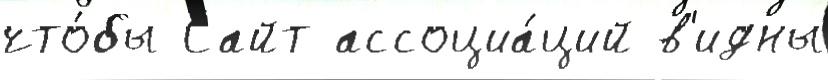
что́бы Сайт ассоциа́ций в'идны